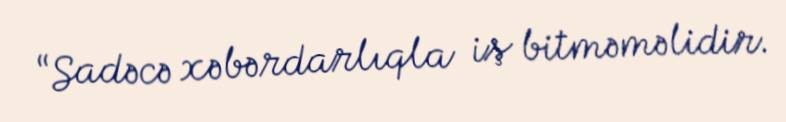
“Sadəcə xəbərdarlıqla iş bitməməlidir.